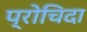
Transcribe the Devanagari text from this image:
प्रोचिदा